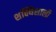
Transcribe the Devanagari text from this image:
शक्यिशाली